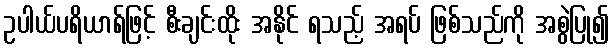
ဥပါယ်ပရိယာရ်ဖြင့် စီးချင်းထိုး အနိုင် ရသည့် အရပ် ဖြစ်သည်ကို အစွဲပြု၍